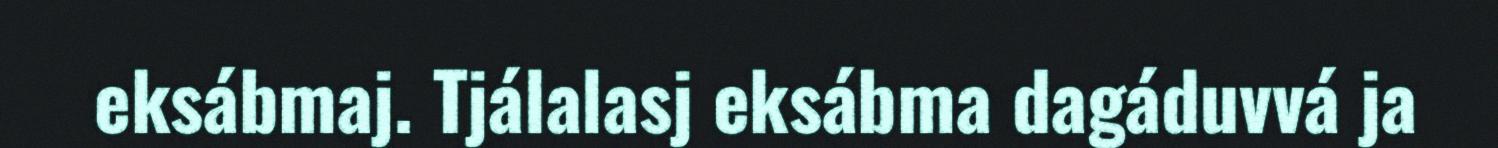
eksábmaj. Tjálalasj eksábma dagáduvvá ja